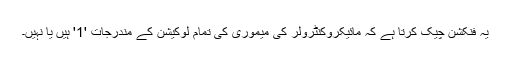
یہ فنکشن چیک کرتا ہے کہ مائیکروکنٹرولر کی میموری کی تمام لوکیشن کے مندرجات '1' ہیں یا نہیں۔